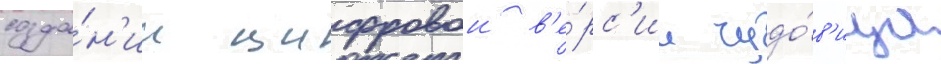
созда́н'ии цифровои в'е́рс'ии чудо́в'ища